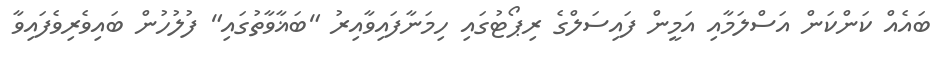
ބައެއް ކަންކަން އަސްލަމާއި އަމީން ފައިސަލްގެ ރިޕޯޓުގައި ހިމަނާފައިވާއިރު "ބަޣާވާތުގައި" ފުލުހުން ބައިވެރިވެފައިވާ